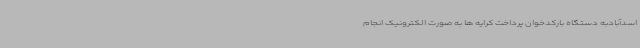
اسدآبادبه دستگاه بارکدخوان پرداخت کرایه ها به صورت الکترونیک انجام